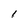
Character: l